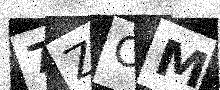
Text: 7ZOM